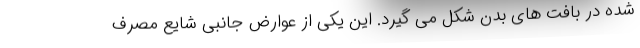
شده در بافت های بدن شکل می گیرد. این یکی از عوارض جانبی شایع مصرف